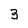
Character: 3